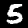
Label: 5